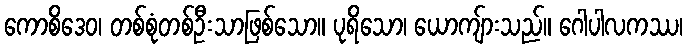
ကောစိဒေဝ၊ တစ်စုံတစ်ဦးသာဖြစ်သော။ ပုရိသော၊ ယောကျ်ားသည်။ ဂေါပါလကဿ၊